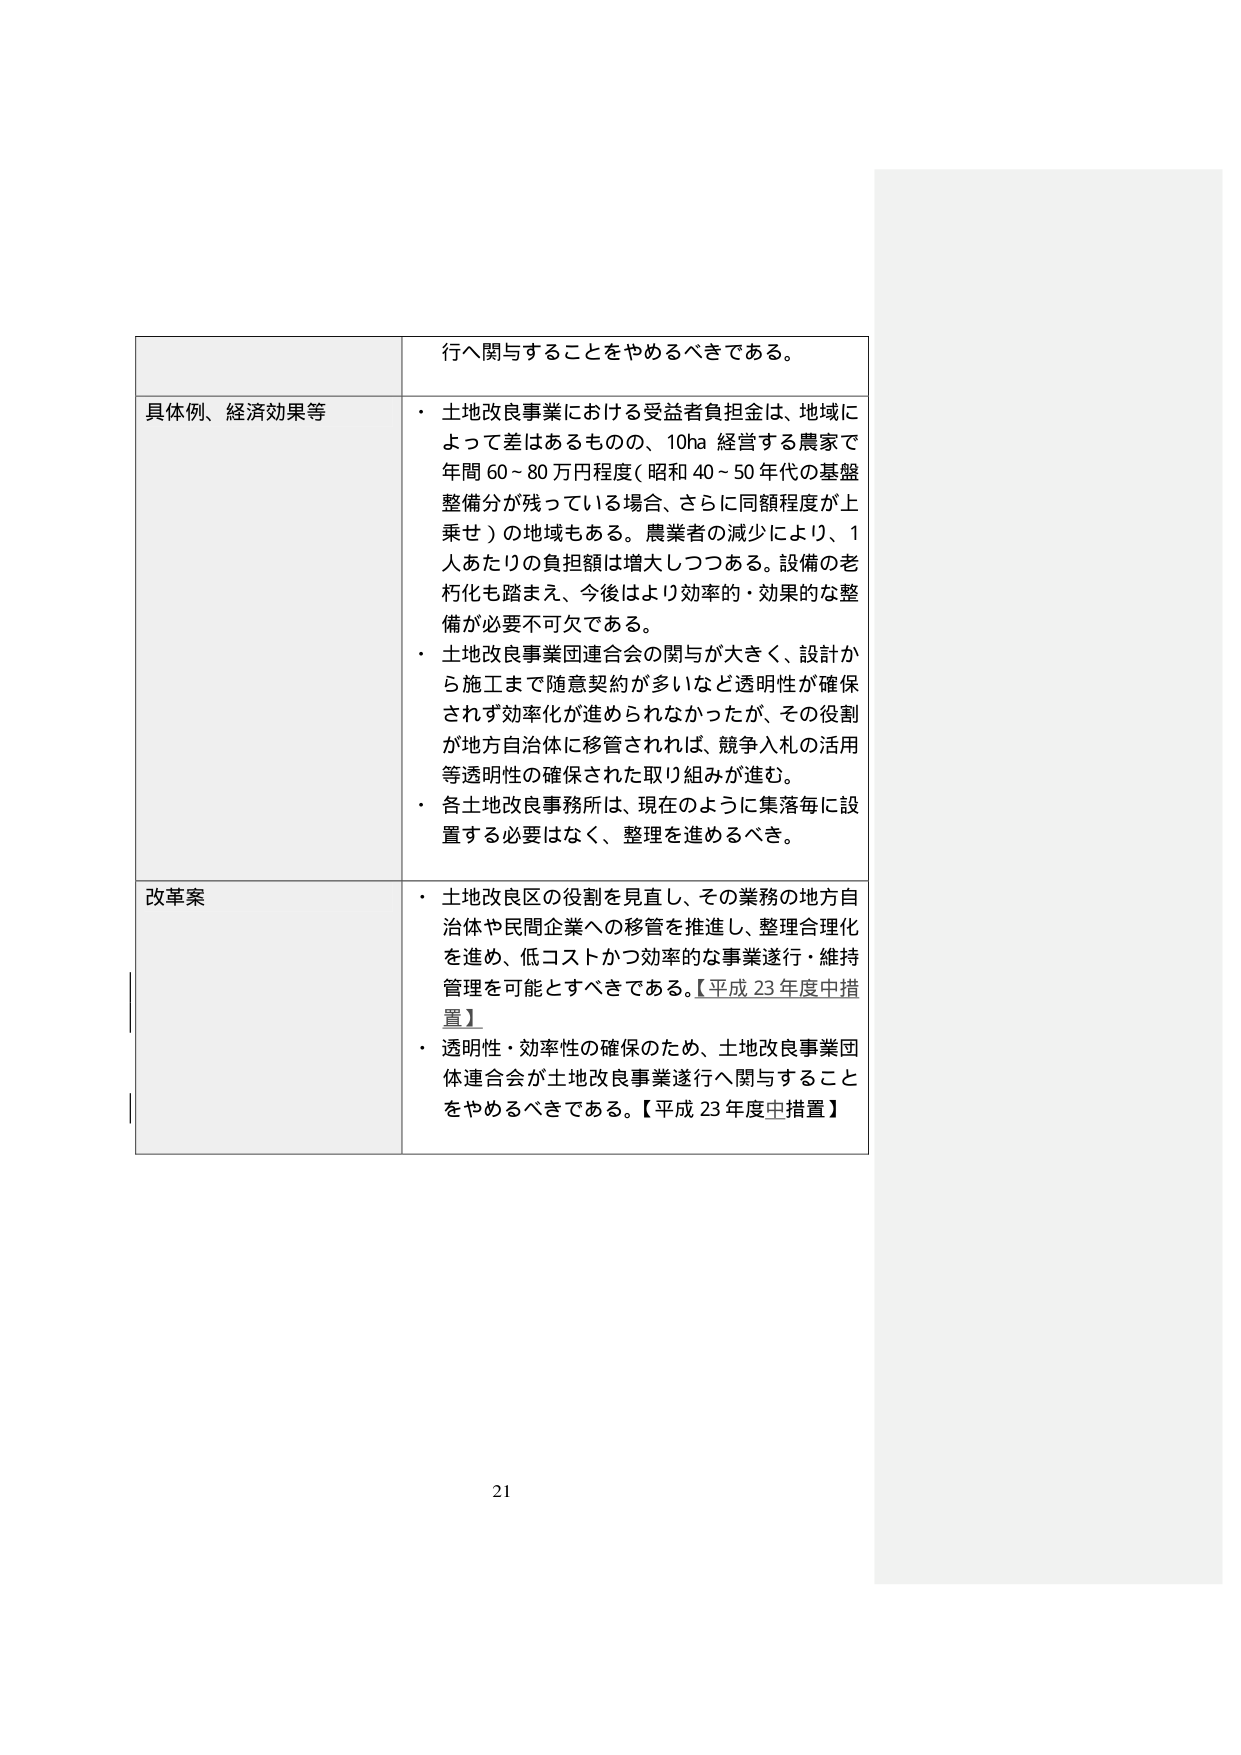
行へ関与することをやめるべきである。

具体例、経済効果等
・ 土地改良事業における受益者負担金は、地域によって差はあるものの、10ha 経営する農家で年間 60～80 万円程度（昭和 40～50 年代の基盤整備分が残っている場合、さらに同額程度が上乗せ）の地域もある。農業者の減少により、1人あたりの負担額は増大しつつある。設備の老朽化も踏まえ、今後はより効率的・効果的な整備が必要不可欠である。
・ 土地改良事業団連合会の関与が大きく、設計から施工まで随意契約が多いなど透明性が確保されず効率化が進められなかったが、その役割が地方自治体に移管されれば、競争入札の活用等透明性の確保された取り組みが進む。
・ 各土地改良事務所は、現在のように集落毎に設置する必要はなく、整理を進めるべき。

改革案
・ 土地改良区の役割を見直し、その業務の地方自治体や民間企業への移管を推進し、整理合理化を進め、低コストかつ効率的な事業遂行・維持管理を可能とすべきである。【平成 23 年度中措置】
・ 透明性・効率性の確保のため、土地改良事業団体連合会が土地改良事業遂行へ関与することをやめるべきである。【平成 23 年度中措置】

21